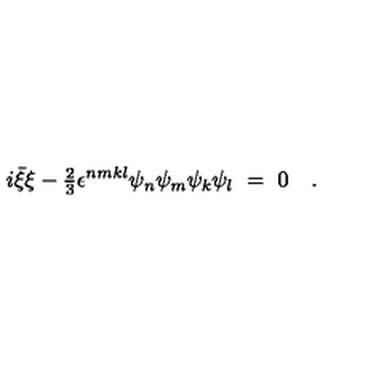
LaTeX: i \bar { \xi } \xi - { \textstyle { \frac 2 3 } } \epsilon ^ { n m k l } \psi _ { n } \psi _ { m } \psi _ { k } \psi _ { l } \ = \ 0 \quad .